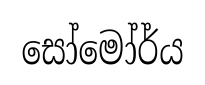
සෝමෝර්ය